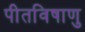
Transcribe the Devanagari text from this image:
पीतविषाणु